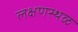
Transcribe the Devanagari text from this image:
लक्षणस्थळ